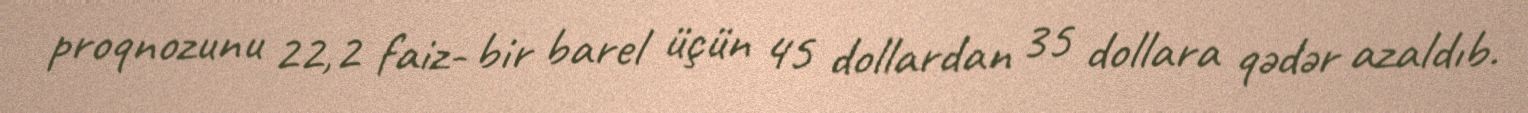
proqnozunu 22,2 faiz- bir barel üçün 45 dollardan 35 dollara qədər azaldıb.